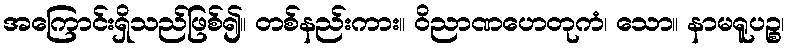
အကြောင်းရှိသည်ဖြစ်၍။ တစ်နည်းကား။ ဝိညာဏဟေတုကံ၊ သော။ နာမရူပဉ္စ၊